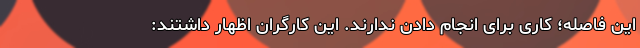
این فاصله؛ کاری برای انجام دادن ندارند. این کارگران اظهار داشتند: